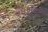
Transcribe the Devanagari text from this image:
स्पर्शचाप